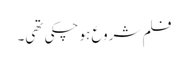
فلم شروع ہو چکی تھی۔